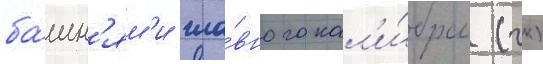
ба́шн'ям'и гла́вного кал'и́бра (гк)